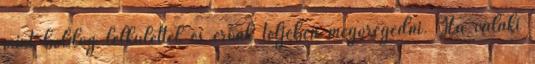
mint boldog lelkülettel és erőnk teljében megöregedni. Ha valaki